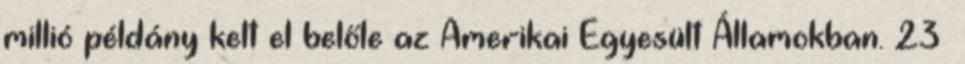
millió példány kelt el belőle az Amerikai Egyesült Államokban. 23